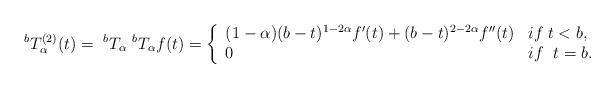
LaTeX: \begin{align*}~^{b}T^{(2)}_\alpha (t) =~^{b} T_\alpha ~^{b} T_\alpha f(t)=\left\{ \begin{array}{ll} (1-\alpha)(b-t)^{1-2\alpha}f^\prime (t)+(b-t)^{2-2\alpha} f^{\prime\prime}(t) & if\; t<b,\\0 & if\;~ t=b.\end{array} \right.\end{align*}